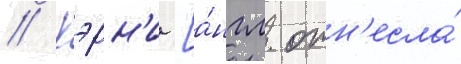
// Кэрн'и [а́нгл. отн'есла́